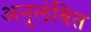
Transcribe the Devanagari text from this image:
अनुलंबित